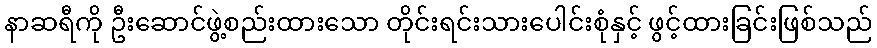
နာဆရီကို ဦးဆောင်ဖွဲ့စည်းထားသော တိုင်းရင်းသားပေါင်းစုံနှင့် ဖွင့်ထားခြင်းဖြစ်သည်